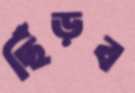
ছিঁড়ব